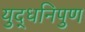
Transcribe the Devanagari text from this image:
युद्धनिपुण